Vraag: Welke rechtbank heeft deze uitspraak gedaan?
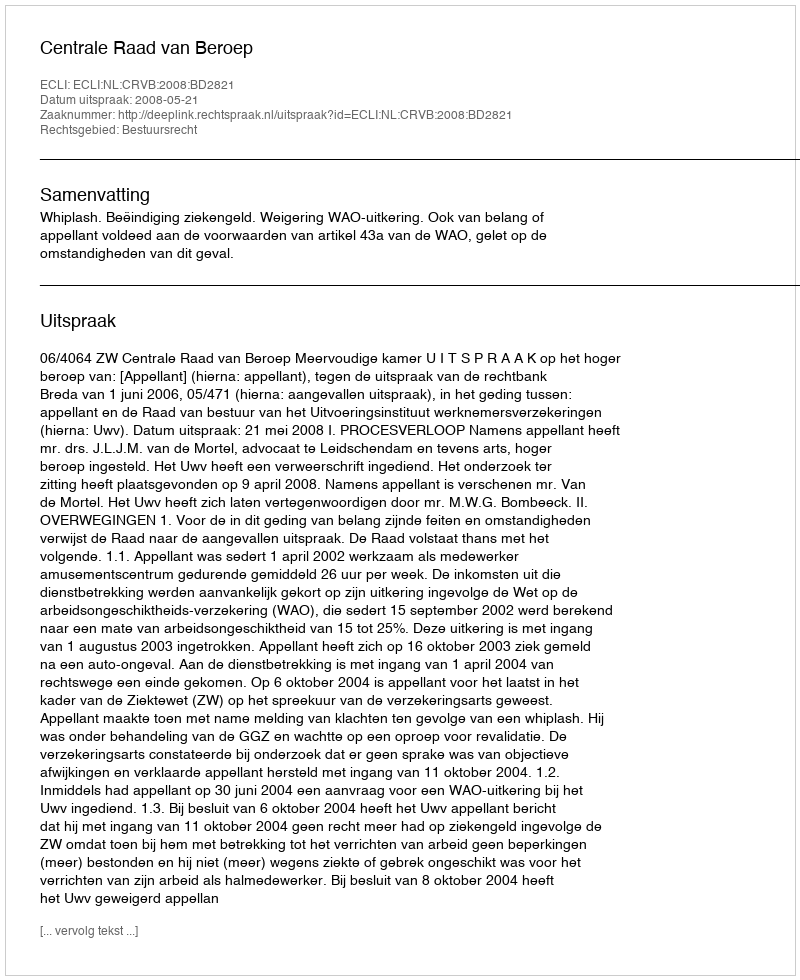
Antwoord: Centrale Raad van Beroep